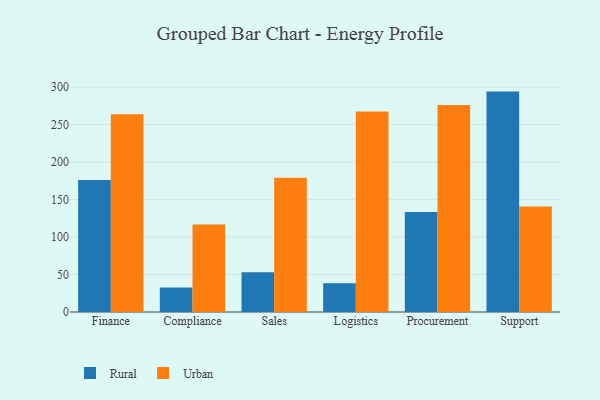
{"axis": {"x": "Department", "y": "Headcount"}, "legend": ["Rural", "Urban"], "data": [{"x": "Finance", "y": 176.1, "type": "Rural"}, {"x": "Finance", "y": 263.7, "type": "Urban"}, {"x": "Compliance", "y": 32.8, "type": "Rural"}, {"x": "Compliance", "y": 116.6, "type": "Urban"}, {"x": "Sales", "y": 52.9, "type": "Rural"}, {"x": "Sales", "y": 179.1, "type": "Urban"}, {"x": "Logistics", "y": 38.2, "type": "Rural"}, {"x": "Logistics", "y": 267.6, "type": "Urban"}, {"x": "Procurement", "y": 133.4, "type": "Rural"}, {"x": "Procurement", "y": 276.2, "type": "Urban"}, {"x": "Support", "y": 294.0, "type": "Rural"}, {"x": "Support", "y": 140.6, "type": "Urban"}]}